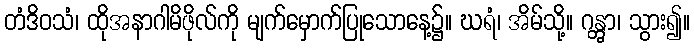
တံဒိဝသံ၊ ထိုအနာဂါမိဖိုလ်ကို မျက်မှောက်ပြုသောနေ့၌။ ဃရံ၊ အိမ်သို့။ ဂန္တွာ၊ သွား၍။